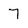
Character: 7